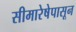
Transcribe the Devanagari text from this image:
सीमारेषेपासून